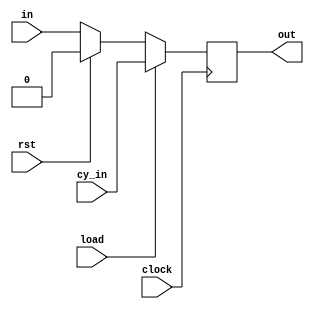
`timescale 1ns / 1ps
//////////////////////////////////////////////////////////////////////////////////
// Company: 
// Engineer: 
// 
// Design Name: 
// Module Name:    dff 
// Project Name: 
// Target Devices: 
// Tool versions: 
// Description: 
//
// Dependencies: 
//
// Revision: 
// Revision 0.01 - File Created
// Additional Comments: 
//
//////////////////////////////////////////////////////////////////////////////////
module dff(input in , output reg out , input clock, input rst, input load, input cy_in
    );
	
initial begin
out=1'b0;
end
always @(posedge clock )
begin
if(load)
begin
	out = cy_in;
end
else
begin
	if(rst)
	out = 0;
	else
	out = in;
end

end

endmodule